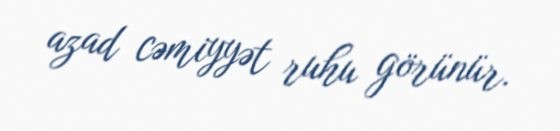
azad cəmiyyət ruhu görünür.